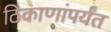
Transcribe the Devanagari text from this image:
ठिकाणांपर्यंत